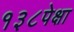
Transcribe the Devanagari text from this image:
१३८पेक्षा